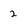
Character: 2